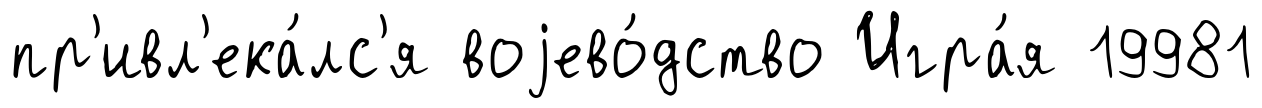
пр'ивл'ека́лс'я воjево́дство Игра́я 19981